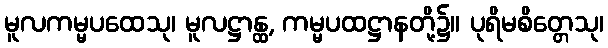
မူလကမ္မပထေသု၊ မူလဋ္ဌာန္ထ, ကမ္မပထဋ္ဌာနတို့၌။ ပုရိမစိတ္တေသု၊